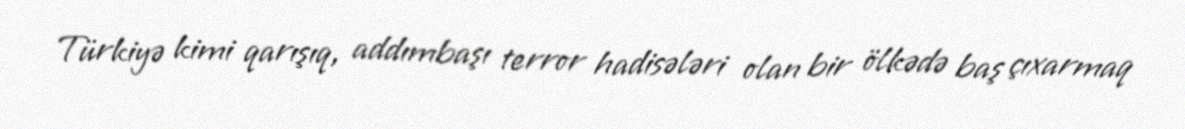
Türkiyə kimi qarışıq, addımbaşı terror hadisələri olan bir ölkədə baş çıxarmaq